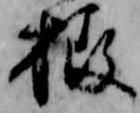
栫